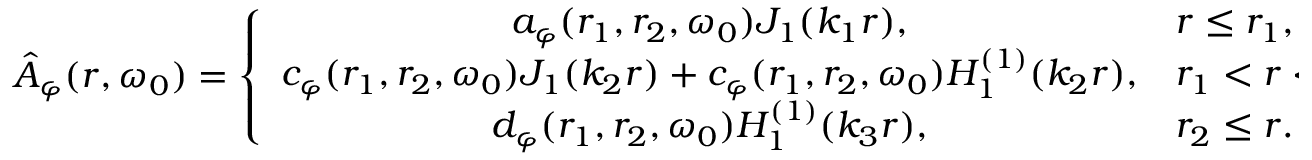
\hat { A } _ { \varphi } ( r , \omega _ { 0 } ) = \left\{ \begin{array} { c l } { a _ { \varphi } ( r _ { 1 } , r _ { 2 } , \omega _ { 0 } ) J _ { 1 } ( k _ { 1 } r ) , } & { r \leq r _ { 1 } , } \\ { c _ { \varphi } ( r _ { 1 } , r _ { 2 } , \omega _ { 0 } ) J _ { 1 } ( k _ { 2 } r ) + c _ { \varphi } ( r _ { 1 } , r _ { 2 } , \omega _ { 0 } ) H _ { 1 } ^ { ( 1 ) } ( k _ { 2 } r ) , } & { r _ { 1 } < r < r _ { 2 } , } \\ { d _ { \varphi } ( r _ { 1 } , r _ { 2 } , \omega _ { 0 } ) H _ { 1 } ^ { ( 1 ) } ( k _ { 3 } r ) , } & { r _ { 2 } \le r . } \end{array} \right.